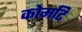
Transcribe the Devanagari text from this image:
कोमटि